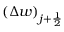
\left( \Delta w \right) _ { j + \frac { 1 } { 2 } }